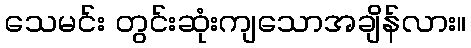
သေမင်း တွင်းဆုံးကျသောအချိန်လား။